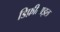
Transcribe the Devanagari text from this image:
डिफ़ीसाइल